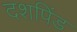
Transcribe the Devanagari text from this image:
दशपिंड